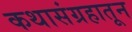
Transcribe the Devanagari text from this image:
कथासंग्रहातून